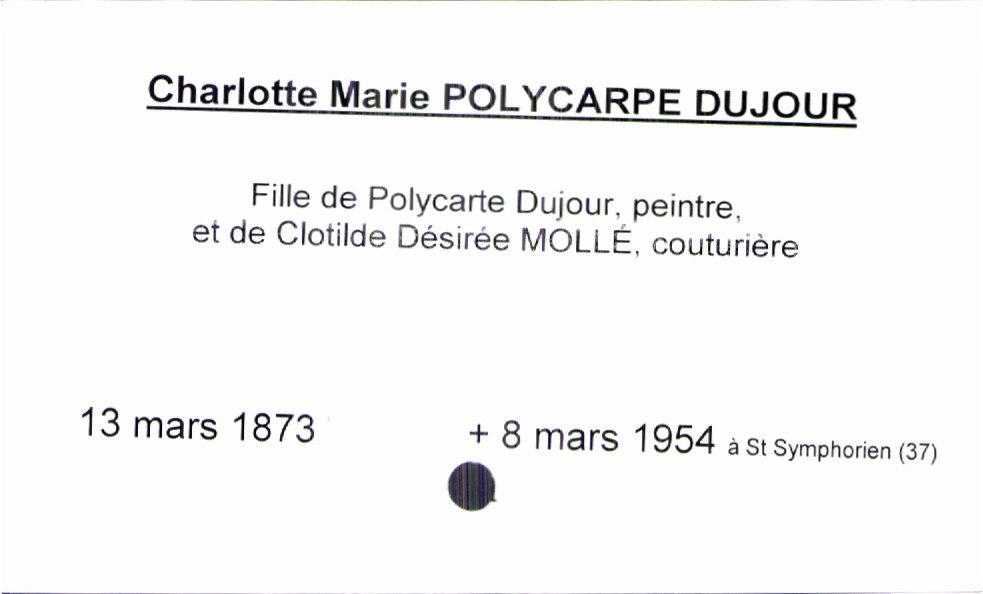
type_acte: Baptême
filiation: fille
enfant_prénom: Charlotte Marie
enfant_date_de_naissance: 13 mars 1873
enfant_date_de_décès: 8 mars 1954
enfant_lieu_de_décès: Saint Symphorien (37)
père_enfant_nom: Polycarte Dujour
père_enfant_profession: peintre
mère_enfant_nom: Mollé
mère_enfant_prénom: Clothilde Désirée
mère_enfant_profession: couturière